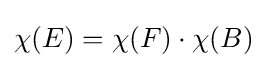
\chi (E)=\chi (F)\cdot \chi (B)